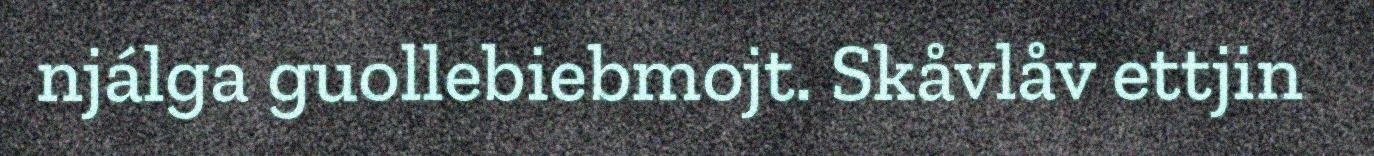
njálga guollebiebmojt. Skåvlåv ettjin